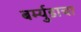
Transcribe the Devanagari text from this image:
बर्म्युडाचा